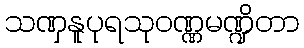
သဏှနူပုရသုဝဏ္ဏမဏ္ဍိတာ